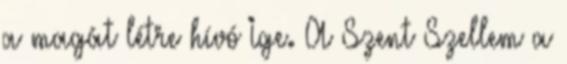
a magát létre hívó Ige. A Szent Szellem a